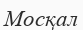
Мосқал